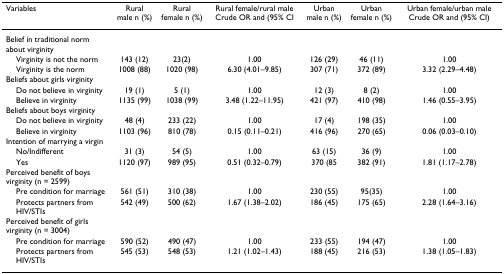
<table><thead><tr><td><b>Variables</b></td><td><b>Rural male n (%)</b></td><td><b>Rural female n (%)</b></td><td><b>Rural female/rural male Crude OR and (95% CI</b></td><td><b>Urban male n (%)</b></td><td><b>Urban female n (%)</b></td><td><b>Urban female/urban male Crude OR and (95% CI)</b></td></tr></thead><tbody><tr><td>Belief in traditional norm about virginity</td><td></td><td></td><td></td><td></td><td></td><td></td></tr><tr><td> Virginity is not the norm</td><td>143 (12)</td><td>23(2)</td><td>1.00</td><td>126 (29)</td><td>46 (11)</td><td>1.00</td></tr><tr><td> Virginity is the norm</td><td>1008 (88)</td><td>1020 (98)</td><td>6.30 (4.01–9.85)</td><td>307 (71)</td><td>372 (89)</td><td>3.32 (2.29–4.48)</td></tr><tr><td>Beliefs about girls virginity</td><td></td><td></td><td></td><td></td><td></td><td></td></tr><tr><td> Do not believe in virginity</td><td>19 (1)</td><td>5 (1)</td><td>1.00</td><td>12 (3)</td><td>8 (2)</td><td>1.00</td></tr><tr><td> Believe in virginity</td><td>1135 (99)</td><td>1038 (99)</td><td>3.48 (1.22–11.95)</td><td>421 (97)</td><td>410 (98)</td><td>1.46 (0.55–3.95)</td></tr><tr><td>Beliefs about boys virginity</td><td></td><td></td><td></td><td></td><td></td><td></td></tr><tr><td> Do not believe in virginity</td><td>48 (4)</td><td>233 (22)</td><td>1.00</td><td>17 (4)</td><td>198 (35)</td><td>1.00</td></tr><tr><td> Believe in virginity</td><td>1103 (96)</td><td>810 (78)</td><td>0.15 (0.11–0.21)</td><td>416 (96)</td><td>270 (65)</td><td>0.06 (0.03–0.10)</td></tr><tr><td>Intention of marrying a virgin</td><td></td><td></td><td></td><td></td><td></td><td></td></tr><tr><td> No/Indifferent</td><td>31 (3)</td><td>54 (5)</td><td>1.00</td><td>63 (15)</td><td>36 (9)</td><td>1.00</td></tr><tr><td> Yes</td><td>1120 (97)</td><td>989 (95)</td><td>0.51 (0.32–0.79)</td><td>370 (85</td><td>382 (91)</td><td>1.81 (1.17–2.78)</td></tr><tr><td>Perceived benefit of boys virginity (n = 2599)</td><td></td><td></td><td></td><td></td><td></td><td></td></tr><tr><td> Pre condition for marriage</td><td>561 (51)</td><td>310 (38)</td><td>1.00</td><td>230 (55)</td><td>95(35)</td><td>1.00</td></tr><tr><td> Protects partners from HIV/STIs</td><td>542 (49)</td><td>500 (62)</td><td>1.67 (1.38–2.02)</td><td>186 (45)</td><td>175 (65)</td><td>2.28 (1.64–3.16)</td></tr><tr><td>Perceived benefit of girls virginity (n = 3004)</td><td></td><td></td><td></td><td></td><td></td><td></td></tr><tr><td> Pre condition for marriage</td><td>590 (52)</td><td>490 (47)</td><td>1.00</td><td>233 (55)</td><td>194 (47)</td><td>1.00</td></tr><tr><td> Protects partners from HIV/STIs</td><td>545 (53)</td><td>548 (53)</td><td>1.21 (1.02–1.43)</td><td>188 (45)</td><td>216 (53)</td><td>1.38 (1.05–1.83)</td></tr></tbody></table>